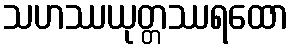
သဟဿယုတ္တဿရထော